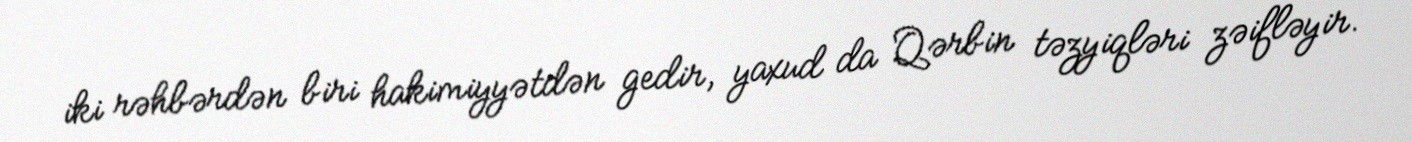
iki rəhbərdən biri hakimiyyətdən gedir, yaxud da Qərbin təzyiqləri zəifləyir.